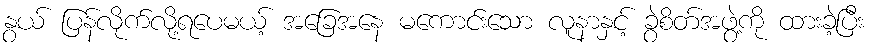
နွယ် ပြန်လိုက်လို့ရပေမယ့် အခြေအနေ မကောင်းသော လူနာနှင့် ခွဲစိတ်အဖွဲ့ကို ထားခဲ့ပြီး